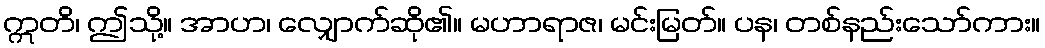
ဣတိ၊ ဤသို့။ အာဟ၊ လျှောက်ဆို၏။ မဟာရာဇ၊ မင်းမြတ်။ ပန၊ တစ်နည်းသော်ကား။